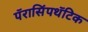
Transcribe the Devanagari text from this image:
पॅरासिंपथॅटिक